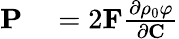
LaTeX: \begin{array}{rl}{\mathbf{P}}&{{}=2\mathbf{F}\frac{\partial\rho_{0}\varphi}{\partial\mathbf{C}}}\end{array}